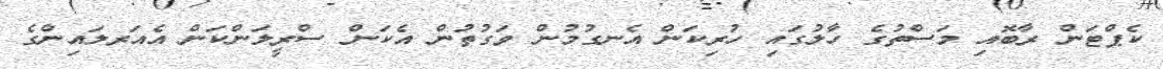
ކެޕްޓަން ރާބޮއި މަސްތުގެ ހާލުގައި ހުރިކަން އެނގުމުން ވަގުތުން އެކަން ސްރީލަންކަން އެއަރލައިންގެ